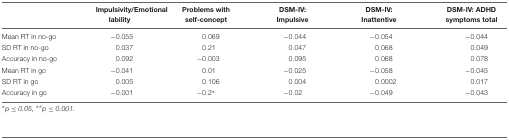
<table><thead><tr><td></td><td><b>Impulsivity/Emotional lability</b></td><td><b>Problems with self-concept</b></td><td><b>DSM-IV: Impulsive</b></td><td><b>DSM-IV: Inattentive</b></td><td><b>DSM-IV: ADHD symptoms total</b></td></tr></thead><tbody><tr><td>Mean RT in no-go</td><td>-0.055</td><td>0.069</td><td>-0.044</td><td>-0.054</td><td>-0.044</td></tr><tr><td>SD RT in no-go</td><td>0.037</td><td>0.21</td><td>0.047</td><td>0.068</td><td>0.049</td></tr><tr><td>Accuracy in no-go</td><td>0.092</td><td>-0.003</td><td>0.095</td><td>0.068</td><td>0.078</td></tr><tr><td>Mean RT in go</td><td>-0.041</td><td>0.01</td><td>-0.025</td><td>-0.058</td><td>-0.045</td></tr><tr><td>SD RT in go</td><td>0.005</td><td>0.106</td><td>0.004</td><td>0.0002</td><td>0.017</td></tr><tr><td>Accuracy in go</td><td>-0.001</td><td>-0.2*</td><td>-0.02</td><td>-0.049</td><td>-0.043</td></tr></tbody></table>